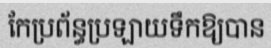
កែប្រព័ន្ធប្រឡាយទឹកឱ្យបាន